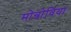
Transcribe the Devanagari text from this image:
मोन्रोविया